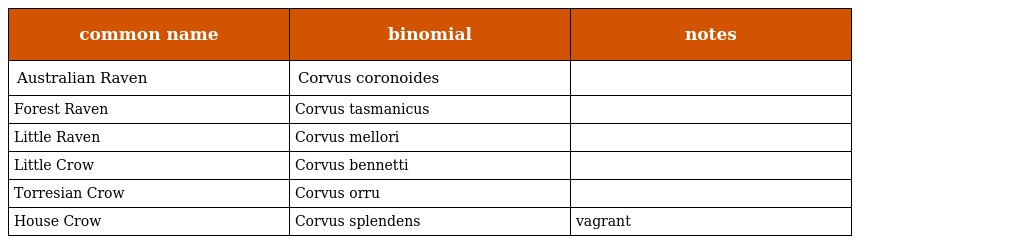
| common name | binomial | notes |
 | --- | --- | --- |
 | Australian Raven | Corvus coronoides |  |
 | Forest Raven | Corvus tasmanicus |  |
 | Little Raven | Corvus mellori |  |
 | Little Crow | Corvus bennetti |  |
 | Torresian Crow | Corvus orru |  |
 | House Crow | Corvus splendens | vagrant |